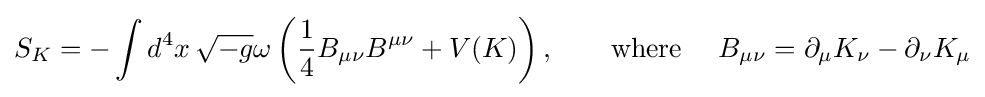
S_{K}=-\int d^{4}x\,{\sqrt {-g}}\omega \left({\frac {1}{4}}B_{\mu \nu }B^{\mu \nu }+V(K)\right),\qquad {\text{where }}\quad B_{\mu \nu }=\partial _{\mu }K_{\nu }-\partial _{\nu }K_{\mu }